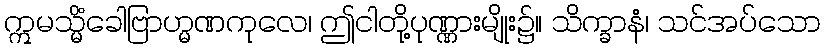
ဣမသ္မိံခေါဗြာဟ္မဏကုလေ၊ ဤငါတို့ပုဏ္ဏားမျိုး၌။ သိက္ခာနံ၊ သင်အပ်သော